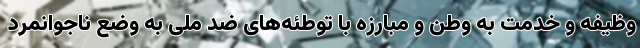
وظیفه و خدمت به وطن و مبارزه با توطئه‌های ضد ملی به وضع ناجوانمرد